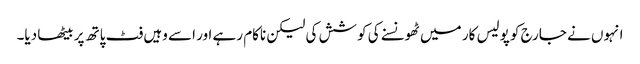
انہوں نے جارج کو پولیس کار میں ٹھونسنے کی کوشش کی لیکن ناکام رہے اور اسے وہیں فٹ پاتھ پر بیٹھا دیا۔